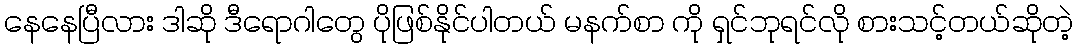
နေနေပြီလား ဒါဆို ဒီရောဂါတွေ ပိုဖြစ်နိုင်ပါတယ် မနက်စာ ကို ရှင်ဘုရင်လို စားသင့်တယ်ဆိုတဲ့